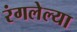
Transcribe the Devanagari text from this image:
रंगलेल्या